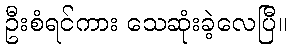
ဦးစံရင်ကား သေဆုံးခဲ့လေပြီ။